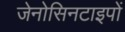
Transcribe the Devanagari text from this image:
जेनोसिनटाइपों